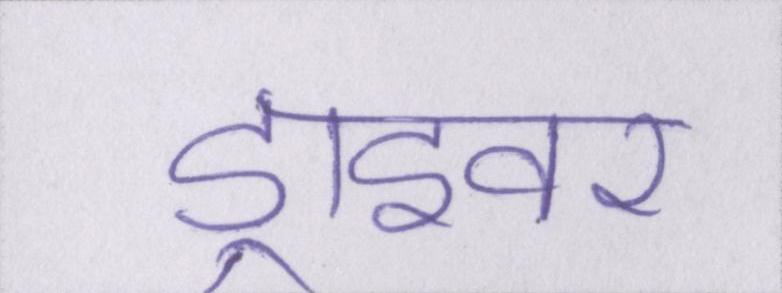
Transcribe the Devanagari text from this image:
ड्राइवर